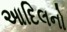
આદિલનો